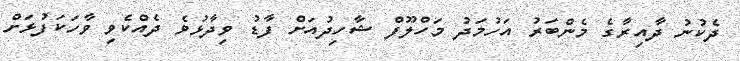
ދެކުނު ދާއިރާގެ މެންބަރު އަހުމަދު މަހްލޫފް ޝާހިދުއަށް ފާޑު ވިދާޅުވެ ދެއްކެވި ވާހަކަފުޅަށް